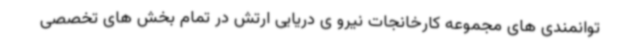
توانمندی های مجموعه کارخانجات نیرو ی دریایی ارتش در تمام بخش های تخصصی